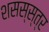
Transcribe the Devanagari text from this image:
शसस्स्त्र